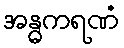
အန္ဓကရဏံ